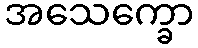
အသေက္ခော